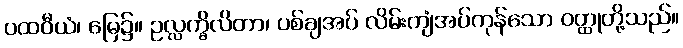
ပထဝီယံ၊ မြေ၌။ ဥလ္လက္ခိလိတာ၊ ပစ်ချအပ် လိမ်းကျံအပ်ကုန်သော ဝတ္ထုတို့သည်။